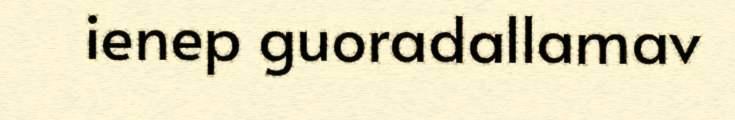
ienep guoradallamav